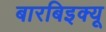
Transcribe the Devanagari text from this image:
बारबिइक्यू